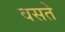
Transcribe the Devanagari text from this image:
वसते